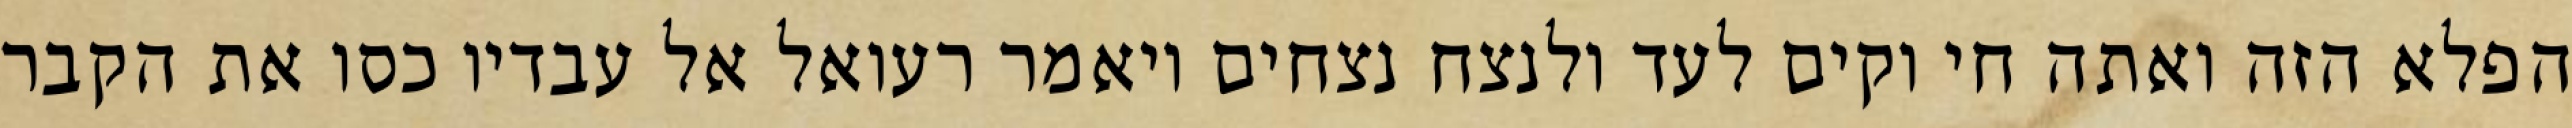
הפלא הזה ואתה חי וקים לעד ולנצח נצחים ויאמר רעואל אל עבדיו כסו את הקבר